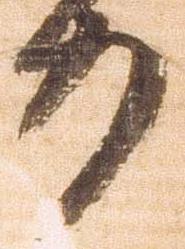
力